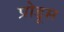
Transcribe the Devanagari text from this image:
प्रोडूस